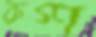
রুগ্ণ